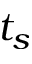
t _ { s }